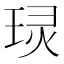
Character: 㻏